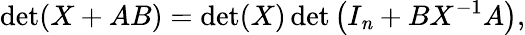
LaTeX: \operatorname*{det}(X+AB)=\operatorname*{det}(X)\operatorname*{det}\left(I_{\mathit{n}}+BX^{-1}A\right),